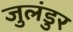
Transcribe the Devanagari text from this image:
जुलंडुर